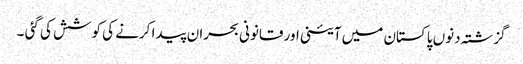
گزشتہ دنوں پاکستان میں آئینی اور قانونی بحران پیدا کرنے کی کوشش کی گئی ۔